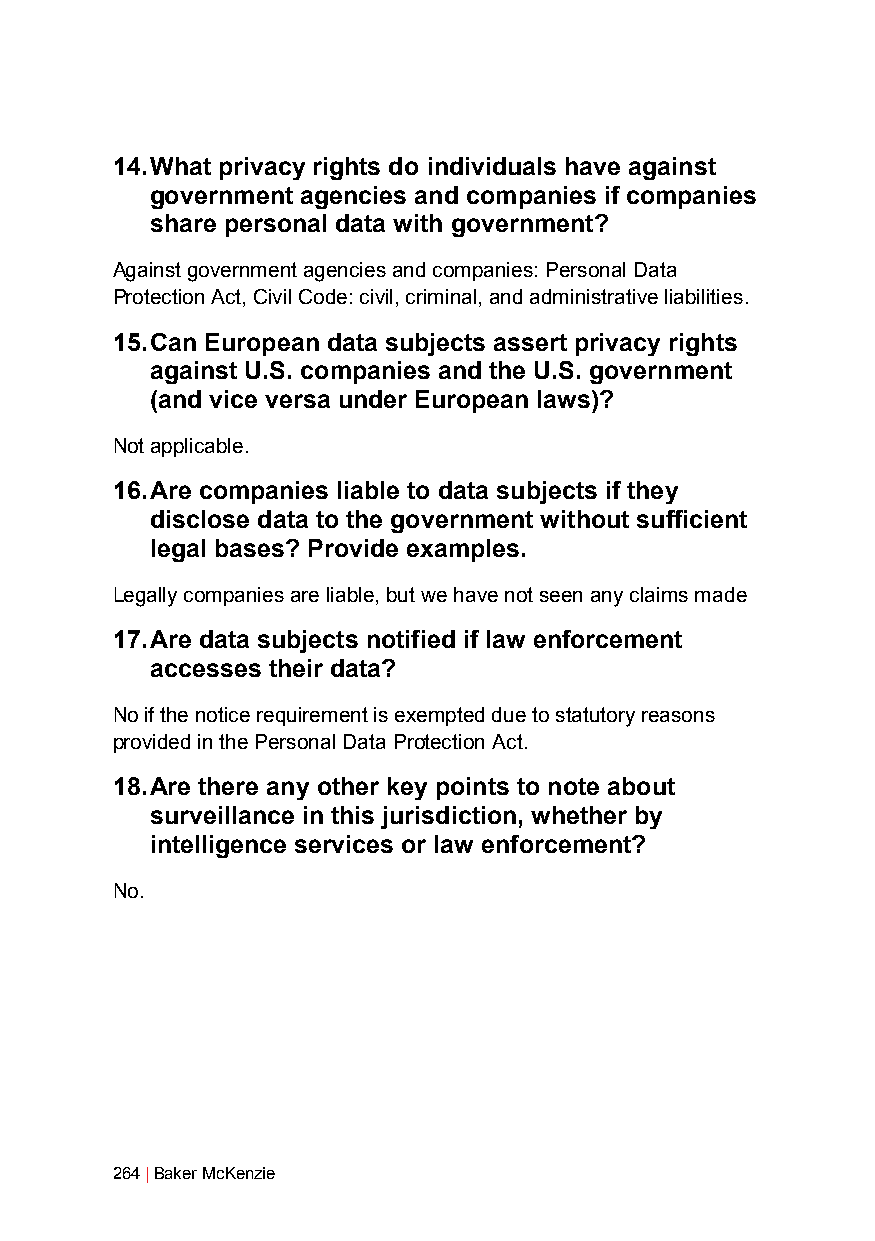
14. What privacy rights do individuals have against
 government agencies and companies if companies
 share personal data with government?
 Against government agencies and companies: Personal Data
 Protection Act, Civil Code: civil, criminal, and administrative liabilities.
 15. Can European data subjects assert privacy rights
 against U.S. companies and the U.S. government
 (and vice versa under European laws)?
 Not applicable.
 16. Are companies liable to data subjects if they
 disclose data to the government without sufficient
 legal bases? Provide examples.
 Legally companies are liable, but we have not seen any claims made
 17. Are data subjects notified if law enforcement
 accesses their data?
 No if the notice requirement is exempted due to statutory reasons
 provided in the Personal Data Protection Act.
 18. Are there any other key points to note about
 surveillance in this jurisdiction, whether by
 intelligence services or law enforcement?
 No.
 264 | Baker McKenzie